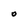
Character: O